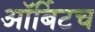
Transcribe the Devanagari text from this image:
ऑर्बिटच